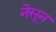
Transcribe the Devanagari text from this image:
नॆसून